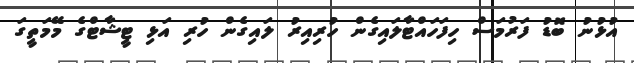
އުޅުނު ބޮޑު ފަރުމަސް ހިފަހައްޓާލައިގެން ހުރިއިރު ލައިގެން ހުރި އަޅި ޓީޝާޓްގެ މޭމަތީގަ